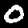
Digit: 0